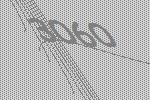
3060